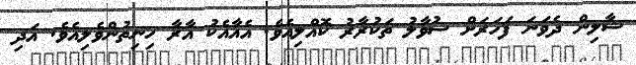
ޝާލިން ދެވަނަ ފަހަރަށް ސުވާލު ތަކުރާރު ކޮއްލިއެވެ. އެއާއެކު އާރާ ހިނިތުންވެލިއެވެ. އަދި